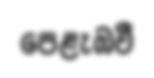
පෙළැඹවී